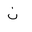
Letter: _non